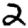
Digit: 2